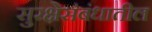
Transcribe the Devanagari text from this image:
सुरक्षेसंबंधातील